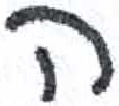
אות: ה